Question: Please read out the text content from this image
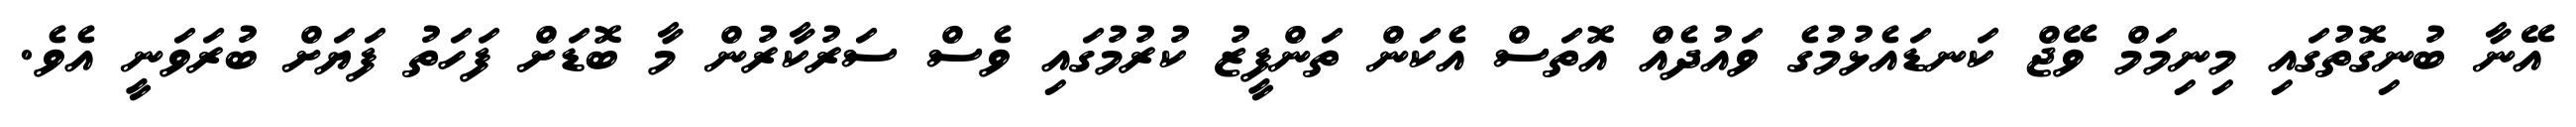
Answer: އޭނާ ބުނިގޮތުގައި މިނިމަމް ވޭޖް ކަނޑައެޅުމުގެ ވައުދެއް އޮތަސް އެކަން ތަންފީޒު ކުރުމުގައި ވެސް ސަރުކާރުން މާ ބޮޑަށް ފަހަތު ފަޔަށް ބުރަވަނީ އެވެ.